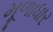
મૂળાધાર